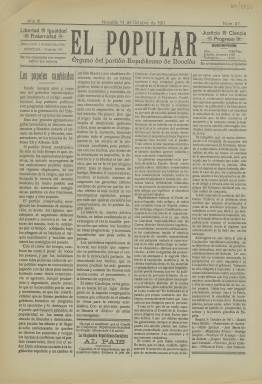
Título: El Popular (Novelda)
Colección: Periódicos
Ámbito geográfico: Alicante
Lugar de publicación: Novelda [Alicante]
Fechas: 14/10/1911-14/10/1911